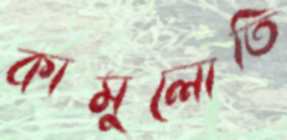
কামুলোতি